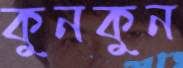
কুনকুন